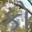
કો